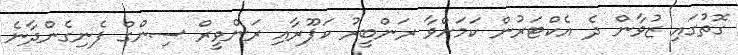
ގޮތުގައި ޒުވާން ދެ އެކްޓަރުން ކަމަށްވާ ރަންބީރު ކަޕޫރާއި ރަންވީރް ސިންގް ފެނިގެންދާނެ